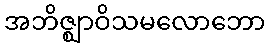
အဘိဇ္ဈာဝိသမလောဘော